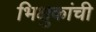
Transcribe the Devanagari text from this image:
भिक्षुकांची